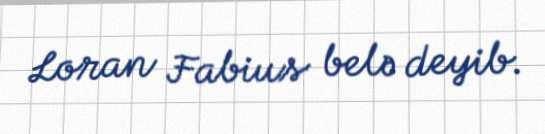
Loran Fabius belə deyib.